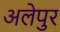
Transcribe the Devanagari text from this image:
अलेपुर